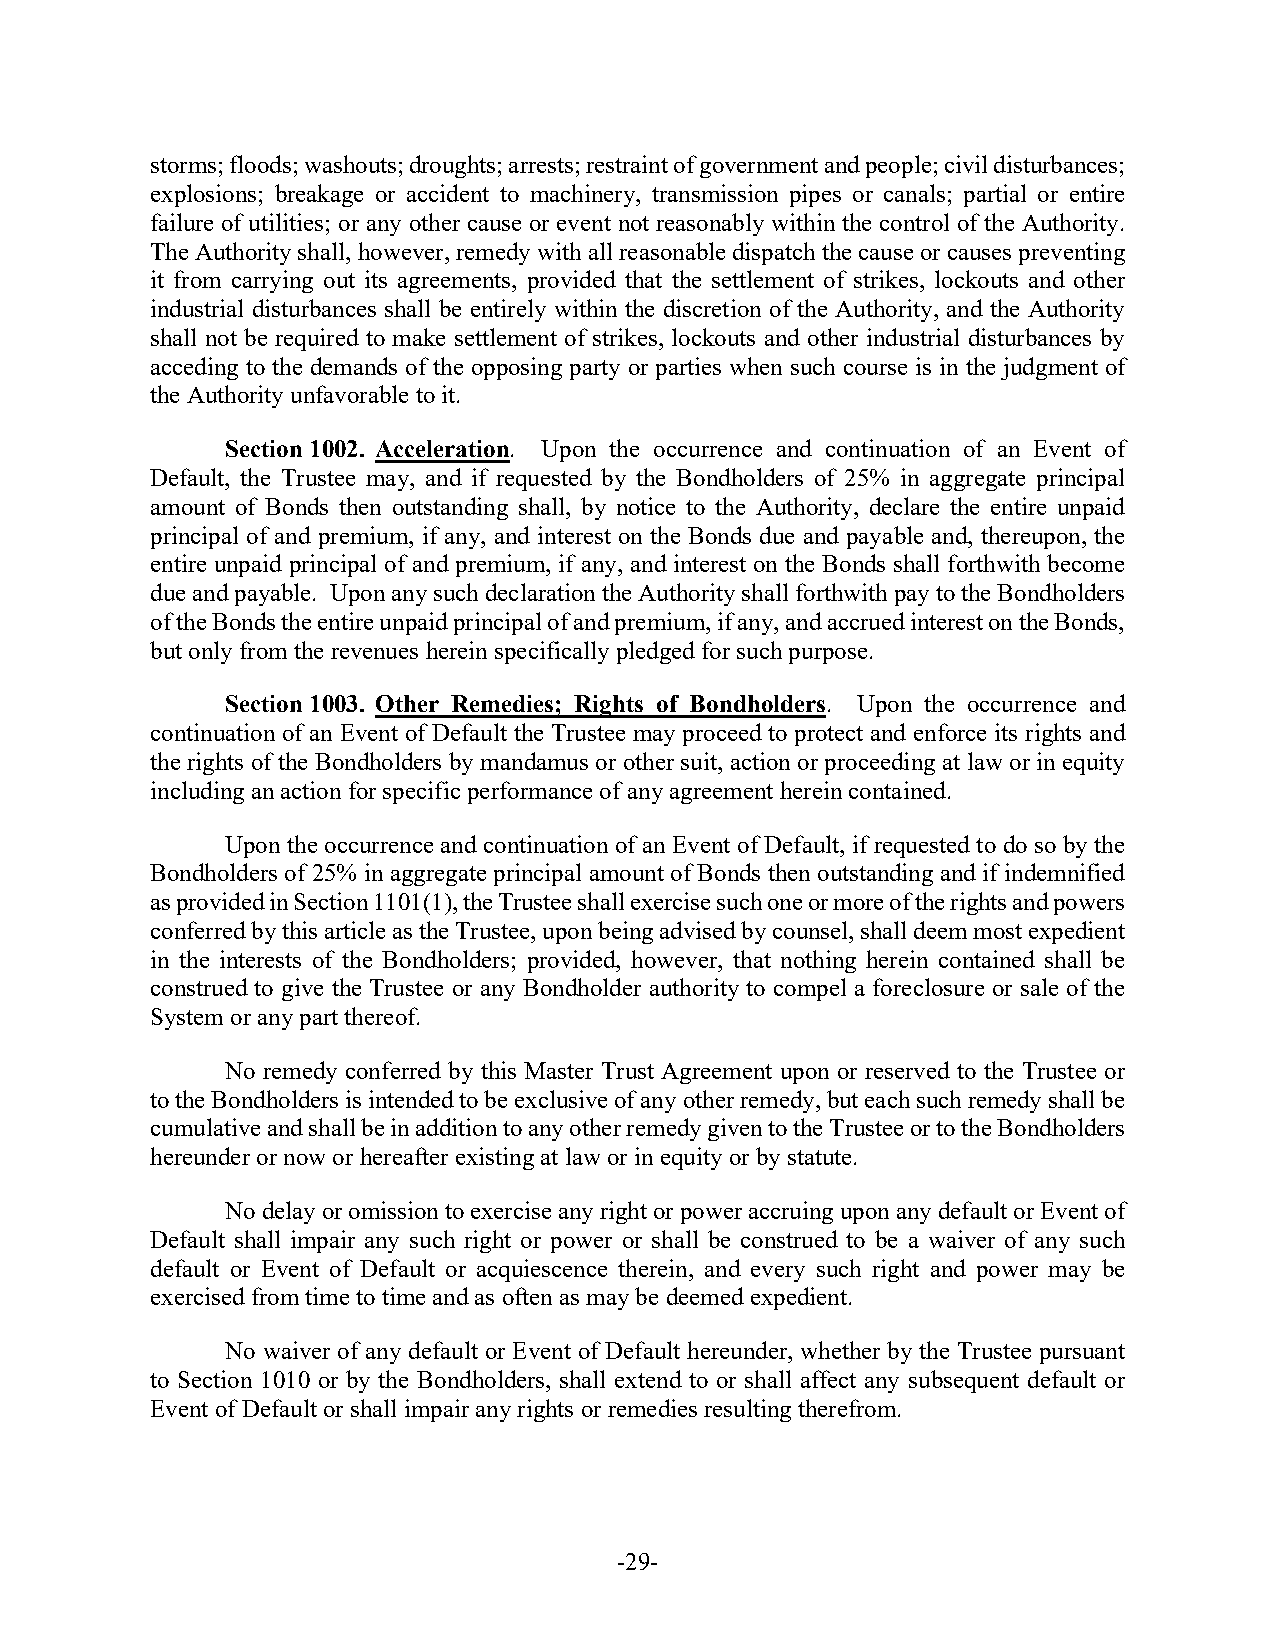
storms; floods; washouts; droughts; arrests; restraint of government and people; civil disturbances;
 explosions; breakage or accident to machinery, transmission pipes or canals; partial or entire
 failure of utilities; or any other cause or event not reasonably within the control of the Authority.
 The Authority shall, however, remedy with all reasonable dispatch the cause or causes preventing
 it from carrying out its agreements, provided that the settlement of strikes, lockouts and other
 industrial disturbances shall be entirely within the discretion of the Authority, and the Authority
 shall not be required to make settlement of strikes, lockouts and other industrial disturbances by
 acceding to the demands of the opposing party or parties when such course is in the judgment of
 the Authority unfavorable to it.
 Section 1002. Acceleration. Upon the occurrence and continuation of an Event of
 Default, the Trustee may, and if requested by the Bondholders of 25% in aggregate principal
 amount of Bonds then outstanding shall, by notice to the Authority, declare the entire unpaid
 principal of and premium, if any, and interest on the Bonds due and payable and, thereupon, the
 entire unpaid principal of and premium, if any, and interest on the Bonds shall forthwith become
 due and payable. Upon any such declaration the Authority shall forthwith pay to the Bondholders
 of the Bonds the entire unpaid principal of and premium, if any, and accrued interest on the Bonds,
 but only from the revenues herein specifically pledged for such purpose.
 Section 1003. Other Remedies; Rights of Bondholders. Upon the occurrence and
 continuation of an Event of Default the Trustee may proceed to protect and enforce its rights and
 the rights of the Bondholders by mandamus or other suit, action or proceeding at law or in equity
 including an action for specific performance of any agreement herein contained.
 Upon the occurrence and continuation of an Event of Default, if requested to do so by the
 Bondholders of 25% in aggregate principal amount of Bonds then outstanding and if indemnified
 as provided in Section 1101(1), the Trustee shall exercise such one or more of the rights and powers
 conferred by this article as the Trustee, upon being advised by counsel, shall deem most expedient
 in the interests of the Bondholders; provided, however, that nothing herein contained shall be
 construed to give the Trustee or any Bondholder authority to compel a foreclosure or sale of the
 System or any part thereof.
 No remedy conferred by this Master Trust Agreement upon or reserved to the Trustee or
 to the Bondholders is intended to be exclusive of any other remedy, but each such remedy shall be
 cumulative and shall be in addition to any other remedy given to the Trustee or to the Bondholders
 hereunder or now or hereafter existing at law or in equity or by statute.
 No delay or omission to exercise any right or power accruing upon any default or Event of
 Default shall impair any such right or power or shall be construed to be a waiver of any such
 default or Event of Default or acquiescence therein, and every such right and power may be
 exercised from time to time and as often as may be deemed expedient.
 No waiver of any default or Event of Default hereunder, whether by the Trustee pursuant
 to Section 1010 or by the Bondholders, shall extend to or shall affect any subsequent default or
 Event of Default or shall impair any rights or remedies resulting therefrom.
 -29-